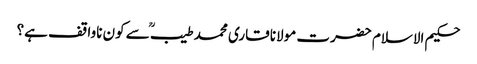
حکیم الاسلام حضرت مولانا قاری محمد طیبؒ سے کون ناواقف ہے؟